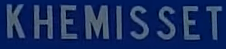
KHEMISSET